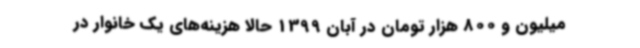
میلیون‌ و 800 هزار تومان در آبان 1399 حالا هزینه‌های یک خانوار در